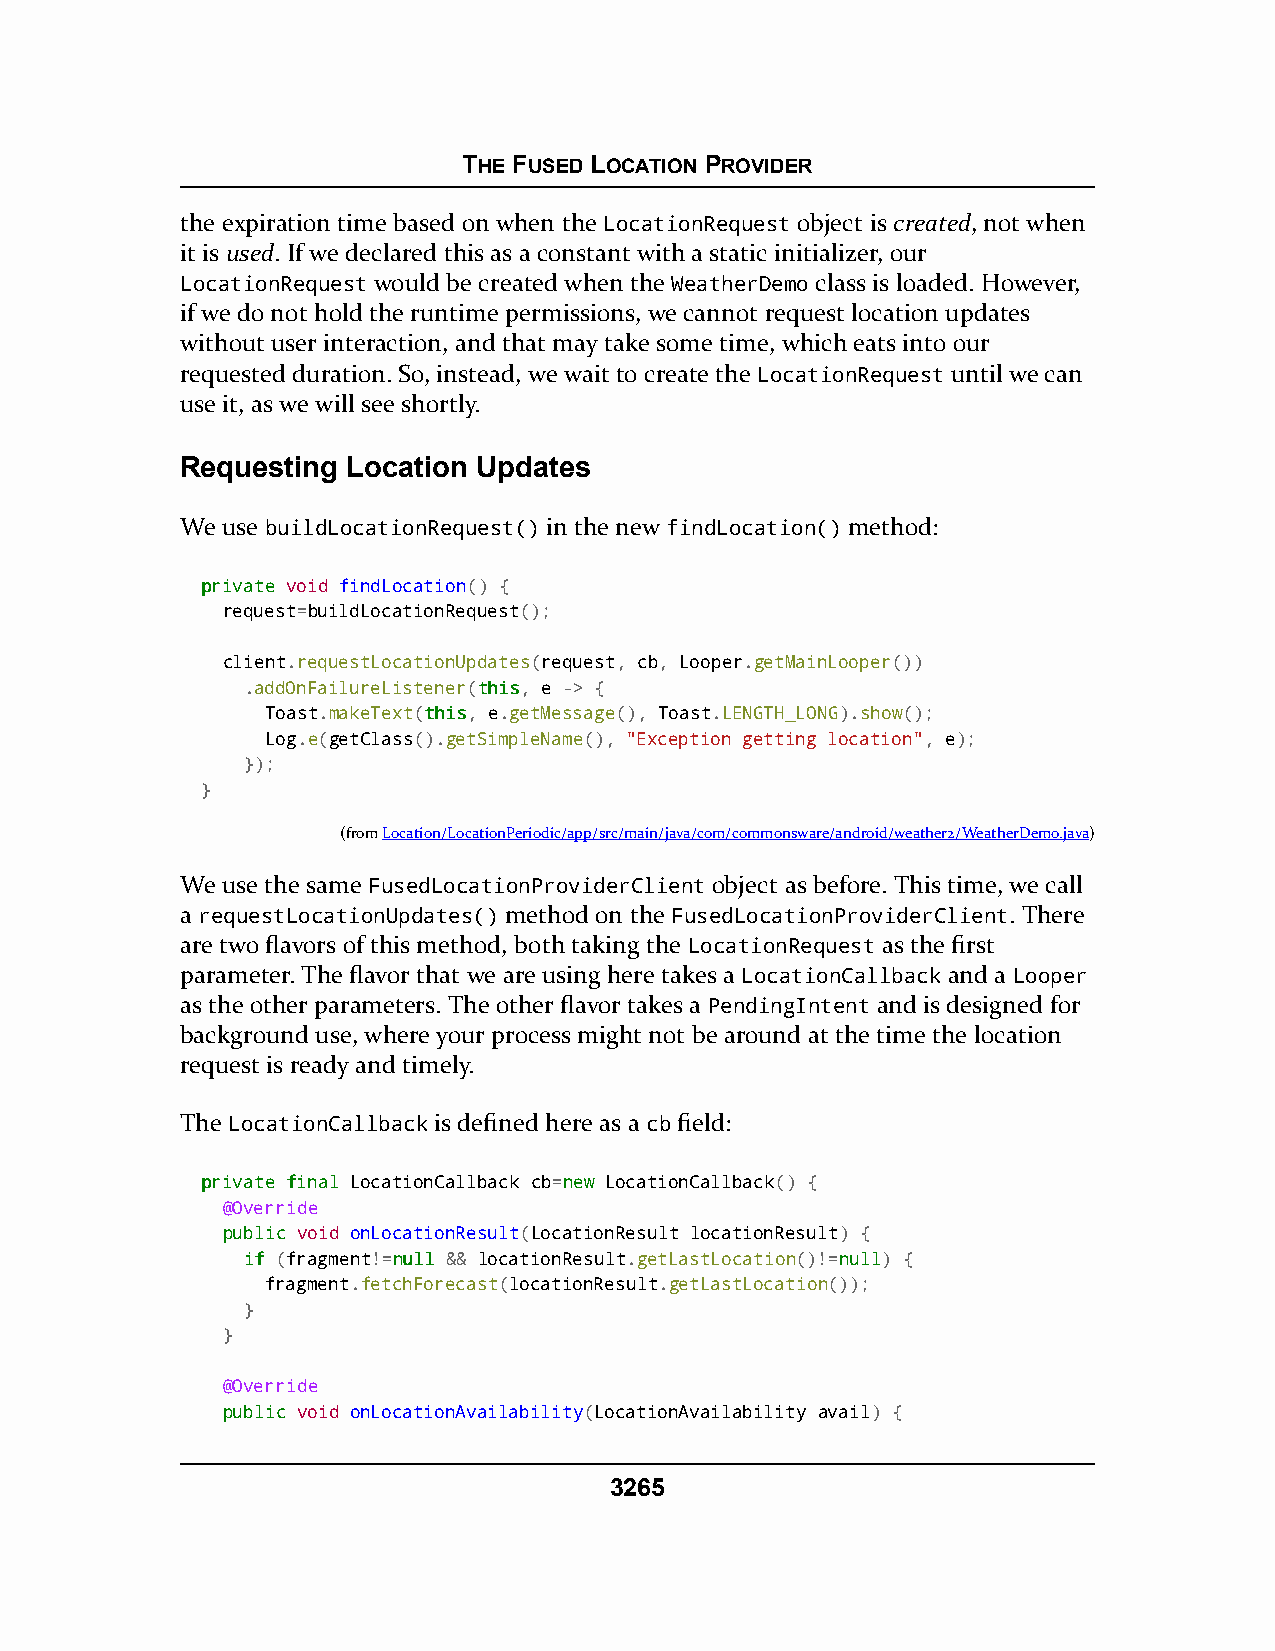
THE FUSED LOCATION PROVIDER
 the expiration time based on when the LocationRequest object is created, not when
 it is used. If we declared this as a constant with a static initializer, our
 LocationRequest would be created when the WeatherDemo class is loaded. However,
 if we do not hold the runtime permissions, we cannot request location updates
 without user interaction, and that may take some time, which eats into our
 requested duration. So, instead, we wait to create the LocationRequest until we can
 use it, as we will see shortly.
 Requesting Location Updates
 We use buildLocationRequest() in the new findLocation() method:
 pprriivvaattee void findLocation() {
 request=buildLocationRequest();
 client.requestLocationUpdates(request, cb, Looper.getMainLooper())
 .addOnFailureListener(tthhiiss, e -> {
 Toast.makeText(tthhiiss, e.getMessage(), Toast.LENGTH_LONG).show();
 Log.e(getClass().getSimpleName(), "Exception getting location", e);
 });
 }
 (fromLocation/LocationPeriodic/app/src/main/java/com/commonsware/android/weather2/WeatherDemo.java)
 We use the same FusedLocationProviderClient object as before. This time, we call
 a requestLocationUpdates() method on the FusedLocationProviderClient. There
 are two flavors of this method, both taking the LocationRequest as the first
 parameter. The flavor that we are using here takes a LocationCallback and a Looper
 as the other parameters. The other flavor takes a PendingIntent and is designed for
 background use, where your process might not be around at the time the location
 request is ready and timely.
 The LocationCallback is defined here as a cb field:
 pprriivvaattee ffiinnaall LocationCallback cb=nneeww LocationCallback() {
 @Override
 ppuubblliicc void onLocationResult(LocationResult locationResult) {
 iiff (fragment!=nnuullll && locationResult.getLastLocation()!=nnuullll) {
 fragment.fetchForecast(locationResult.getLastLocation());
 }
 }
 @Override
 ppuubblliicc void onLocationAvailability(LocationAvailability avail) {
 3265